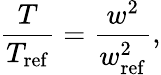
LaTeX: \frac{T}{T_{\mathrm{ref}}}=\frac{w^{2}}{w_{\mathrm{ref}}^{2}},